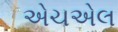
એચએલ